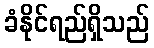
ခံနိုင်ရည်ရှိသည်